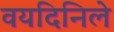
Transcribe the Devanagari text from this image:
वयदिनिले